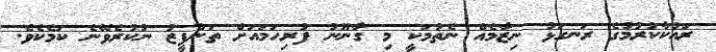
ރައްކާކުރުމުގެ ރަނގަޅު ނިޒާމެއް ނެތުމަކީ މި ގާނޫނު ފުރިހަމައަށް ތަންފީޒު ނުކުރެވޭނެ ކަމެކެވެ.